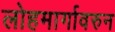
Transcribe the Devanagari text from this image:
लोहमार्गावरुन